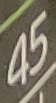
45